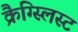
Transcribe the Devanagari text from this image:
क्रैग्स्लिस्ट